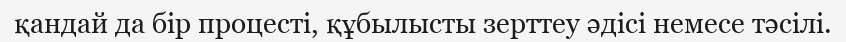
қандай да бір процесті, құбылысты зерттеу әдісі немесе тәсілі.